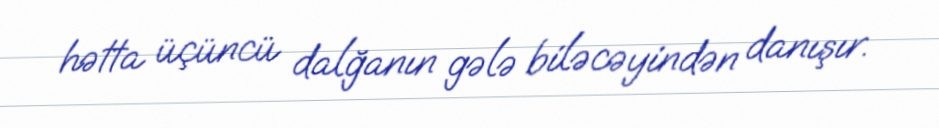
hətta üçüncü dalğanın gələ biləcəyindən danışır.